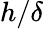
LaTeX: h/\delta